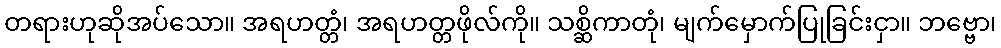
တရားဟုဆိုအပ်သော။ အရဟတ္တံ၊ အရဟတ္တဖိုလ်ကို။ သစ္ဆိကာတုံ၊ မျက်မှောက်ပြုခြင်းငှာ။ ဘဗ္ဗော၊